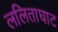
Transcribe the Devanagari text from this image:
ललिताघाट